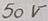
Text: 50V